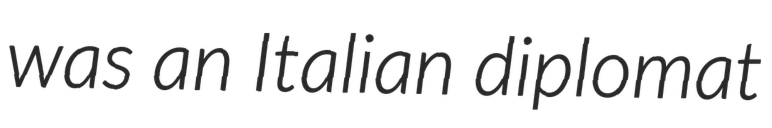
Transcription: was an Italian diplomat